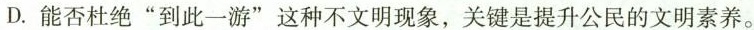
D.能否杜绝”到此一游”这种不文明现象，关键是提升公民的文明素养。